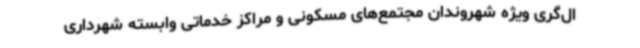
ال‌گری ویژه شهروندان مجتمع‌های مسکونی و مراکز خدماتی وابسته شهرداری